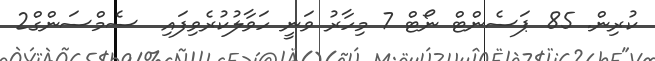
ކުރިން. 85 ޕަސެންޓް ނޯޓް 7 މިހާރު ވަނީ ހަވާލުކުރެވިފައި  ސެމްސަންގް2